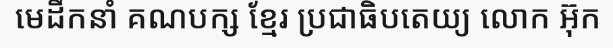
មេដឹកនាំ គណបក្ស ខ្មែរ ប្រជាធិបតេយ្យ លោក អ៊ុក